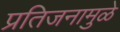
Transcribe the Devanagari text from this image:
प्रतिजनामुळे